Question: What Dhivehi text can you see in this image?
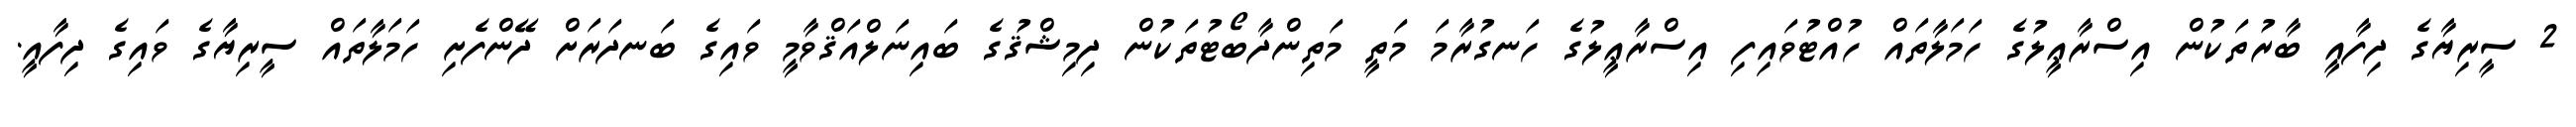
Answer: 2 ސީރިޔާގެ ދިފާއީ ބާރުތަކުން އިސްރާޢީލުގެ ހަމަލާތައް ހުއްޓުވައިފި އިސްރާޢީލުގެ ހަނގުރާމަ މަތީ މަތިންދާބޯޓުތަކުން ދިމިޝްޤުގެ ބައިނަލްއަޤްވާމީ ވައިގެ ބަނދަރަށް ދޭންފެށި ހަމަލާތައް ސީރިޔާގެ ވައިގެ ދިފާއީ.